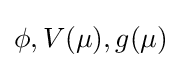
\phi ,V(\mu ),g(\mu )